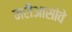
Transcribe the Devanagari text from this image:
मरीआसोवे